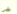
شئ